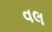
વલ